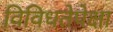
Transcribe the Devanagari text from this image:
विविधतेपेक्षा